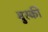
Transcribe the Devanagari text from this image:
बुस्की